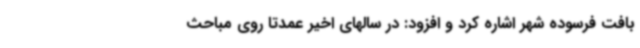
بافت فرسوده شهر اشاره کرد و افزود: در سالهای اخیر عمدتا روی مباحث